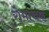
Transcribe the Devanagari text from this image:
रोमाचंक